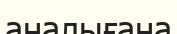
аналығана